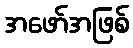
အဖော်အဖြစ်